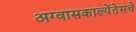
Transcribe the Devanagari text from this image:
अग्वासकाल्येंतेसचे